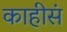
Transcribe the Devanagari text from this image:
काहीसं